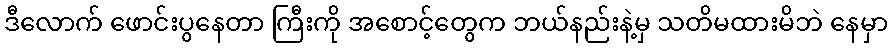
ဒီလောက် ဖောင်းပွနေတာ ကြီးကို အစောင့်တွေက ဘယ်နည်းနဲ့မှ သတိမထားမိဘဲ နေမှာ